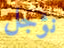
نؤجل